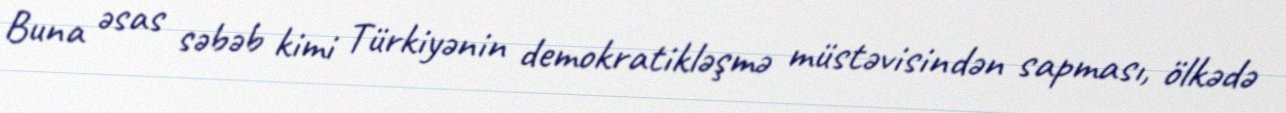
Buna əsas səbəb kimi Türkiyənin demokratikləşmə müstəvisindən sapması, ölkədə